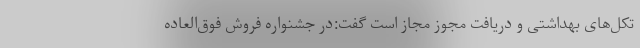
تکل‌های بهداشتی و دریافت مجوز مجاز است گفت:در جشنواره فروش فوق‌العاده